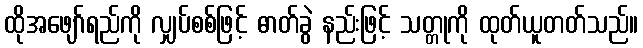
ထိုအဖျော်ရည်ကို လျှပ်စစ်ဖြင့် ဓာတ်ခွဲ နည်းဖြင့် သတ္တုကို ထုတ်ယူတတ်သည်။